Leaving Certificate Examination (including Day School Certificate (Higher) General paper), 1929
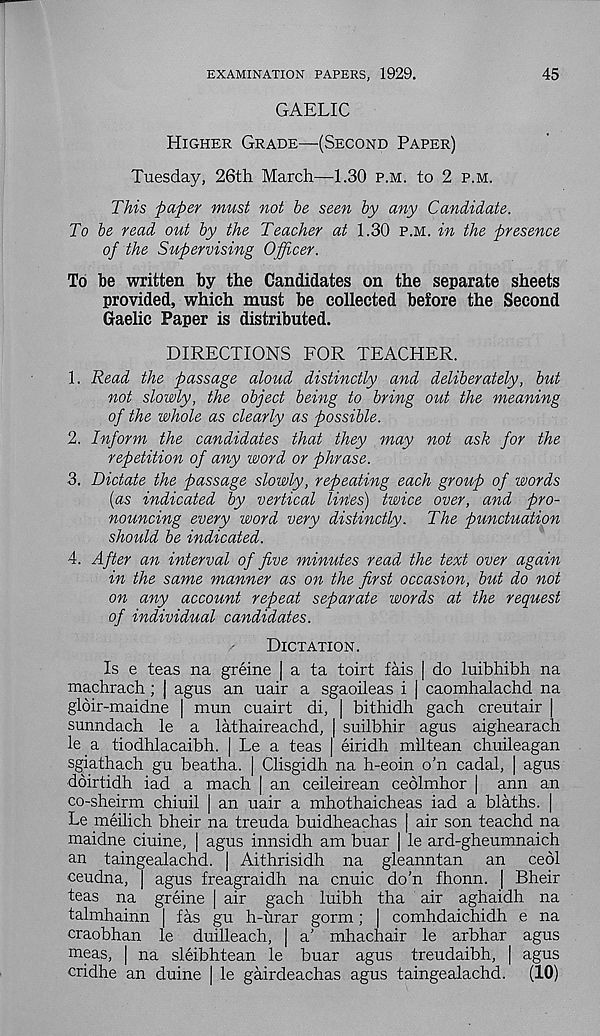
45
EXAMINATION PAPERS, 1929.
GAELIC
Higher Grade—(Second Paper)
Tuesday, 26th March—1.30 p.m. to 2 p.m.
This paper must not be seen by any Candidate.
To be read out by the Teacher at 1.30 p.m. in the presence
of the Supervising Officer.
To be written by the Candidates on the separate sheets
provided, which must be collected before the Second
Gaelic Paper is distributed.
DIRECTIONS FOR TEACHER.
1. Read the passage aloud distinctly and deliberately, but
not slowly, the object being to bring out the meaning
of the whole as clearly as possible.
2. Inform the candidates that they may not ask for the
repetition of any word or phrase.
3. Dictate the passage slowly, repeating each group of words
[as indicated by vertical lines) twice over, and pro-
nouncing every word very distinctly. The punctuation
should be indicated.
4. After an interval of five minutes read the text over again
in the same manner as on the first occasion, but do not
on any account repeat separate words at the request
of individual candidates.
Dictation.
Is e teas na greine | a ta toirt fais | do luibhibh na
machrach; | agus an uair a sgaoileas i | caomhalachd na
gloir-maidne | mun cuairt di, | bithidh gach creutair |
sunndach le a lathaireachd, | suilbhir agus aighearach
le a tiodhlacaibh. | Le a teas | eiridh miltean chuileagan
sgiathach gu beatha. | Clisgidh na h-eoin o’n cadal, | agus
doirtidh iad a mach | an ceileirean ceolmhor | ann an
co-sheirm chiuil | an uair a mhothaicheas iad a blaths. |
Le meilich bheir na treuda buidheachas | air son teachd na
maidne ciuine, | agus innsidh am buar | le ard-gheumnaich
an taingealachd. | Aithrisidh na gleanntan an cedi
ceudna, | agus freagraidh na cnuic do'n fhonn. | Bheir
teas na greine | air gach luibh tha air aghaidh na
talmhainn | fas gu h-urar gorm; | comhdaichidh e na
craobhan le duilleach, | a' mhachair le arbhar agus
meas, | na sleibhtean le buar agus treudaibh, | agus
cridhe an duine | le gairdeachas agus taingealachd.
(10)